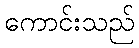
ကောင်းသည်